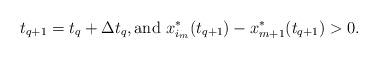
LaTeX: \begin{align*} t_{q+1} = t_q + \Delta t_q, \mbox{and } x_{i_m}^*(t_{q+1}) - x_{m+1}^*(t_{q+1}) > 0.\end{align*}